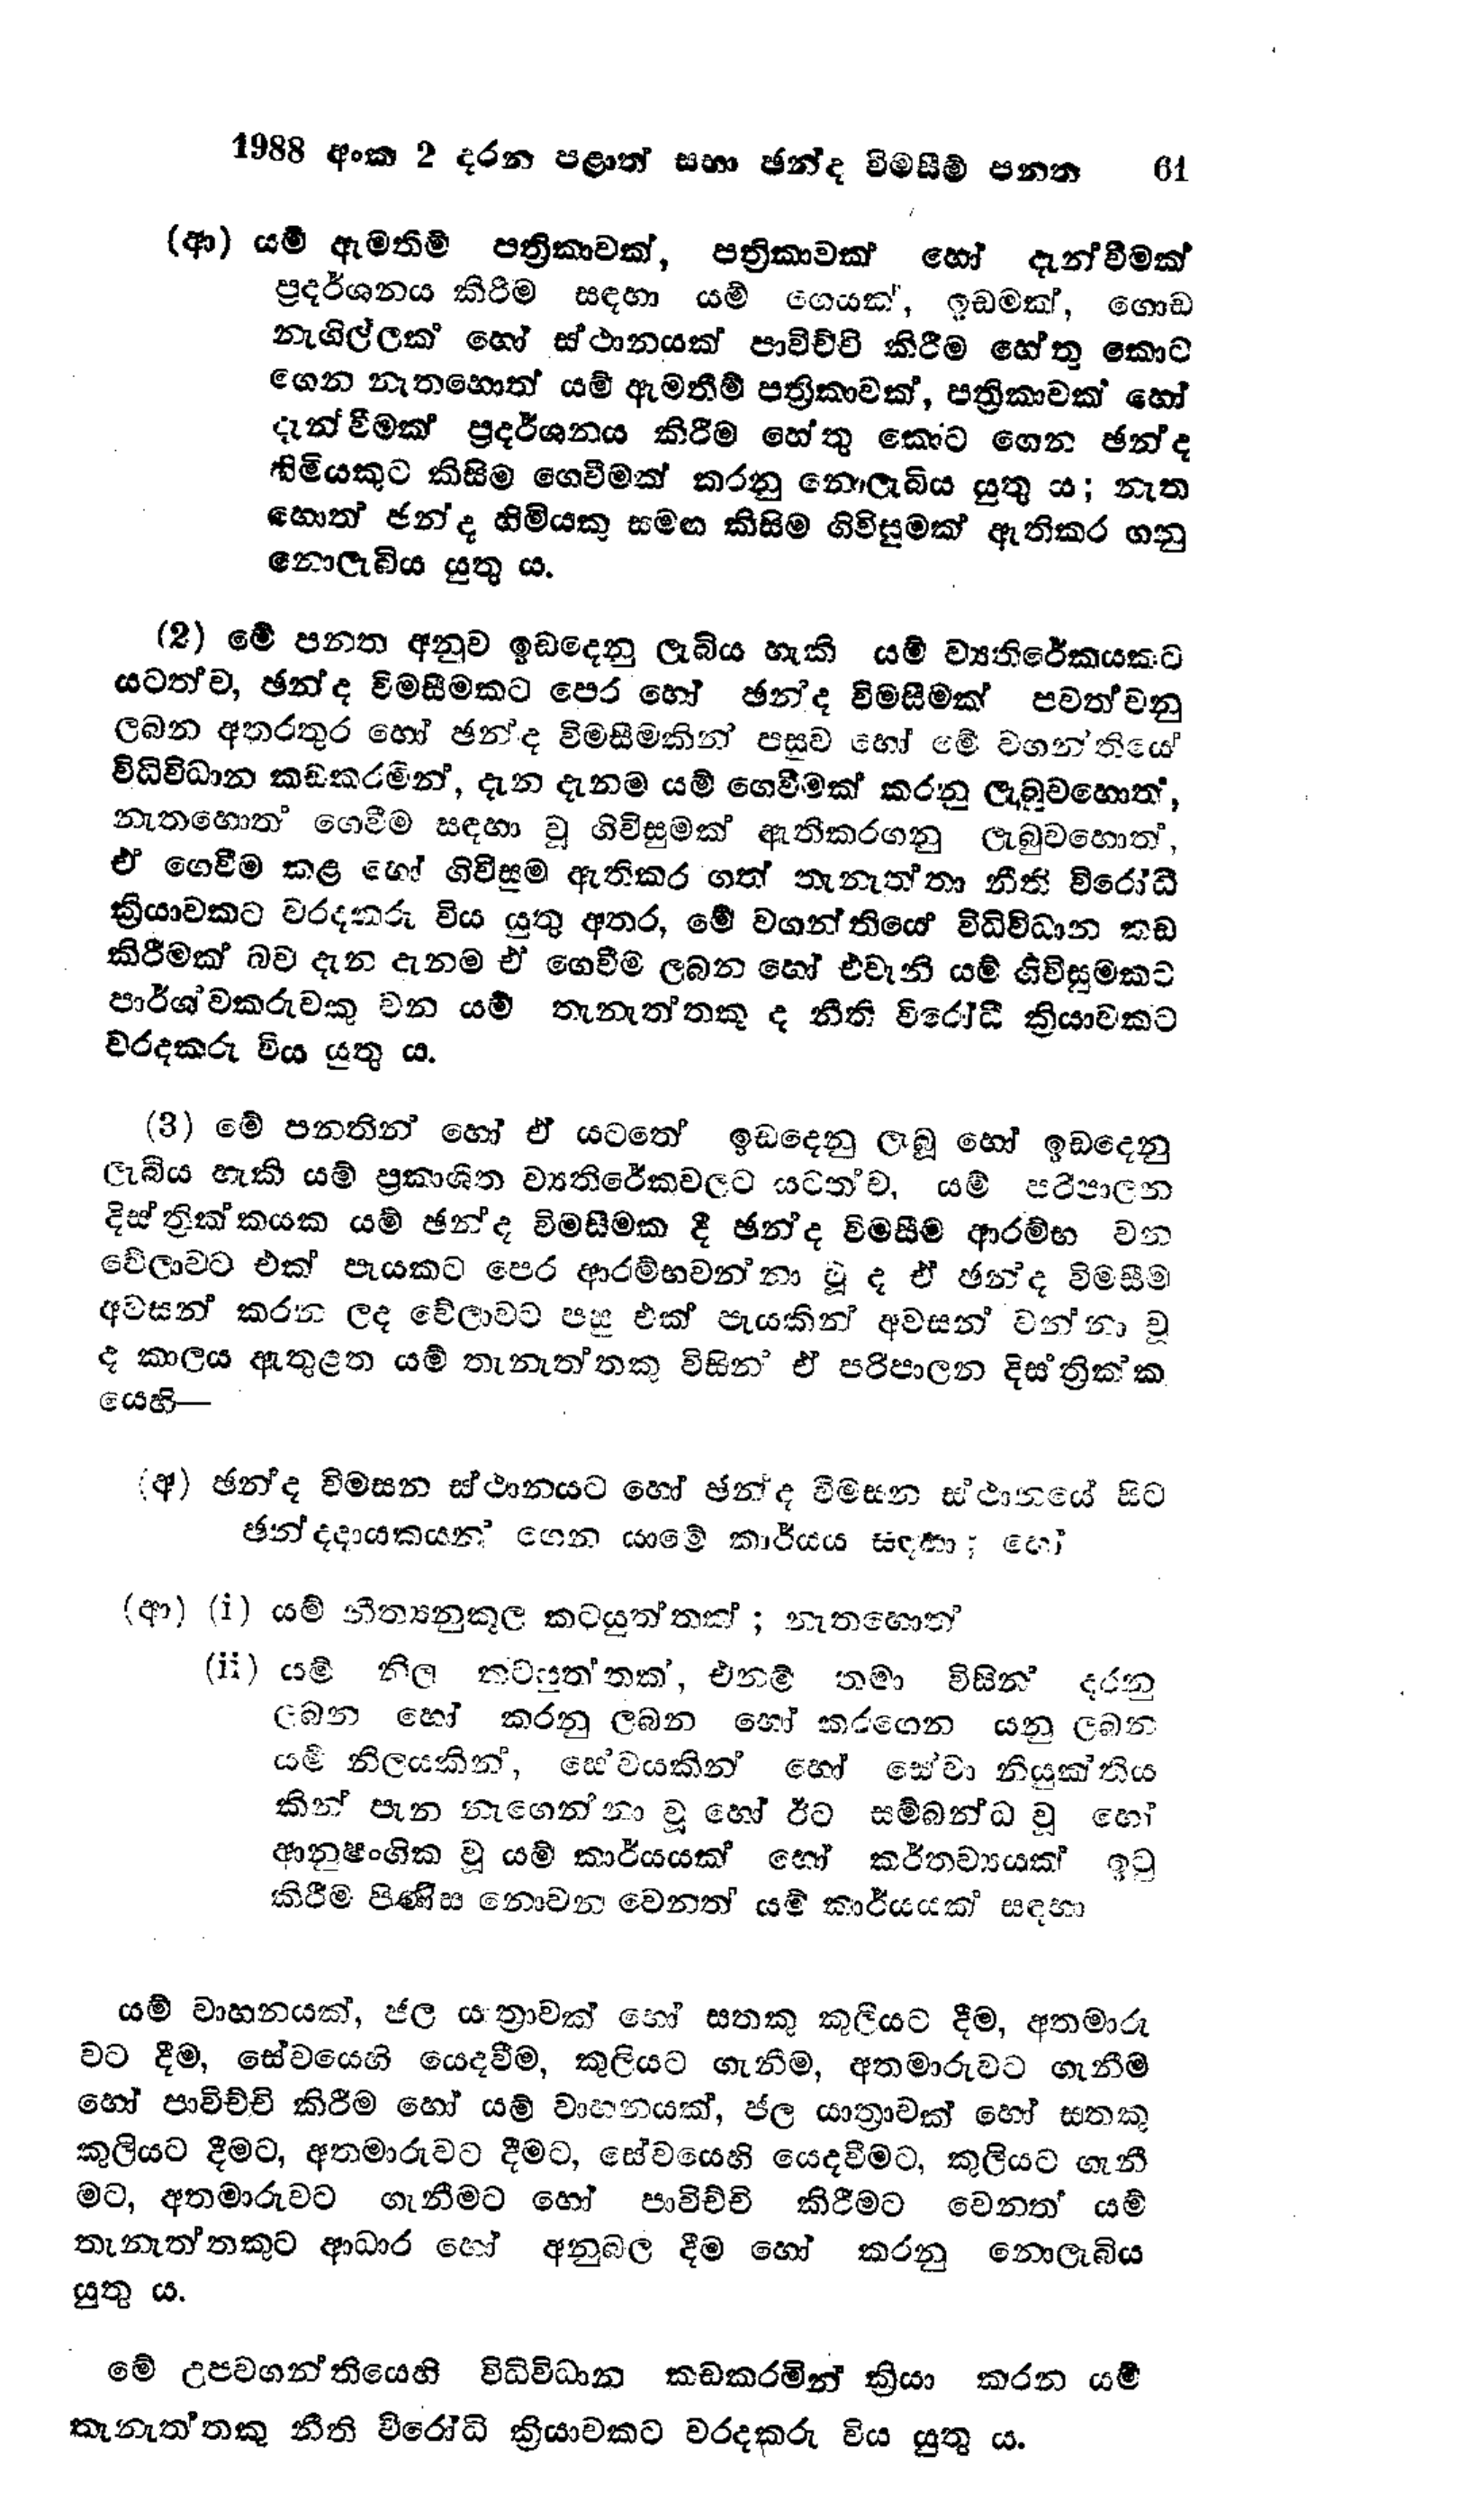
1988 අංක 2 දරන පළාත් සභා ඡන්ද විමසීම් පනත 61

(ආ) යම් ඇමතීම් පත්‍රිකාවක්, පත්‍රිකාවක් හෝ දැන්වීමක්
ප්‍රදර්ශනය කිරීම සඳහා යම් ගෙයක්, ඉඩමක්, ගොඩ
නැගිල්ලක හෝ ස්ථානයක් පාවිච්චි කිරීම හේතු කොට
ගෙන නැතහොත් යම් ඇමතීම් පත්‍රිකාවක්, පත්‍රිකාවක් හෝ
දැන්වීමක් ප්‍රදර්ශනය කිරීම හේතු කොට ගෙන ඡන්ද
හිමියකුට කිසිම ගෙවීමක් කරනු නොලැබිය යුතු ය; නැත
හොත් ඡන්ද හිමියකු සමඟ කිසිම ගිවිසුමක් ඇතිකර ගනු
නොලැබිය යුතු ය.

(2) මේ පනත අනුව ඉඩදෙනු ලැබිය හැකි යම් ව්‍යතිරේකයකට
යටත්ව, ඡන්ද විමසීමකට පෙර හෝ ඡන්ද විමසීමක් පවත්වනු
ලබන අතරතුර හෝ ඡන්ද විමසීමකින් පසුව හෝ මේ වගන්තියේ
විධිවිධාන කඩකරමින්, දැන දැනම යම් ගෙවීමක් කරනු ලැබුවහොත්,
නැතහොත‍ේ ගෙවීම සඳහා වූ ගිවිසුමක් ඇතිකරගනු ලැබුවහොත්,
ඒ ගෙවීම කළ හෝ ගිවිසුම ඇතිකර ගත් තැනැත්තා නීති විරෝධී
ක්‍රියාවකට වරදකරු විය යුතු අතර, මේ වගන්තියේ විධිවිධාන කඩ
කිරීමක් බව දැන දැනම ඒ ගෙවීම ලබන හෝ එවැනි යම් ගිවිසුමකට
පාර්ශ්වකරුවකු වන යම් තැනැත්තකු ද නීති විරෝධී ක්‍රියාවකට
වරදකරු විය යුතු ය.

(3) මේ පනතින් හෝ ඒ යටතේ ඉඩ දෙනු ලැබූ හෝ ඉඩ දෙනු
ලැබිය හැකි යම් ප්‍රකාශිත ව්‍යතිරේකවලට යටත ව, යම් පරිපාලන
දිස්ත්‍රික්කයක යම් ඡන්ද විමසීමක දී ඡන්ද විමසීම ආරම්භ වන
වේලාවට එක් පැයකට පෙර ආරම්භවන්නා වූ ද ඒ ඡන්ද විමසීම
අවසන් කරන ලද වේලාවට පසු එක් පැයකින් අවසන් වන්නා වූ
ද කාලය ඇතුළත යම් තැනැත්තකු විසින් ඒ පරිපාලන දිස්ත්‍රික්ක
යෙහි -

(අ) ඡන්ද විමසන ස්ථානයට හෝ ඡන්ද විමසන ස්ථානයේ සිට
ඡන්දදායකයන් ගෙන යාමේ කාර්යය සඳහා; හෝ

(ආ) (i) යම් නීත්‍යනුකූල කටයුත්තක්; නැතහොත්
(ii) යම් නිල කටයුත්තක්, එනම් තමා විසින් දරනු
ලබන හෝ කරනු ලබන හෝ කරගෙන යනු ලබන
යම් නිලයකින්, සේවයකින් හෝ හෝ සේවා නියුක්තිය
කින් පැන නැගෙන්නා වූ හෝ ඊට සම්බන්ධ වූ හෝ
ආනුෂංගික වූ යම් කාර්යයක් හෝ කර්තව්‍යයක් ඉටු
කිරීම පිණිස නොවන වෙනත් යම් කාර්යයක් සඳහා

යම් වාහනයක්, ජල යාත්‍රාවක් හෝ සතකු කුලියට දීම, අතමාරු
වට දීම, සේවයෙහි යෙදවීම, කුලියට ගැනීම, අතමාරුවට ගැනීම
හෝ පාවිච්චි කිරීම හෝ යම් වාහනයක්, ජල යාත්‍රාවක් හෝ සතකු
කුලියට දීමට, අතමාරුවට දීමට, සේවයෙහි යෙදවීමට, කුලියට ගැනී
මට, අතමාරුවට ගැනීමට හෝ පාවිච්චි කිරීමට වෙනත යම්
තැනැත්තකුට ආධාර හෝ අනුබල දීම හෝ කරනු නොලැබිය
යුතු ය.

මේ උපවගන්තියෙහි විධිවිධාන කඩ කරමින් ක්‍රියා කරන යම්
තැනැත්තකු නීති විරෝධි ක්‍රියාවකට වරදකරු විය යුතු ය.